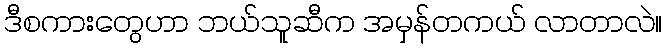
ဒီစကားတွေဟာ ဘယ်သူဆီက အမှန်တကယ် လာတာလဲ။